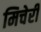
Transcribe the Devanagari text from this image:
मिचेरी